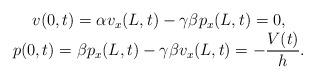
LaTeX: \begin{align*}\begin{array}{c}v(0,t)=\alpha v_x(L,t)-\gamma \beta p_x(L,t)=0,\\p(0,t)=\beta p_x(L,t)-\gamma \beta v_x(L,t)=- \displaystyle{\frac{V(t)}{h}}.\end{array}\end{align*}